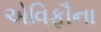
એવિફૌના